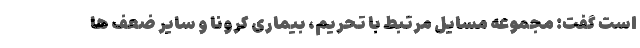
است گفت: مجموعه مسایل مرتبط با تحریم، بیماری کرونا و سایر ضعف ها